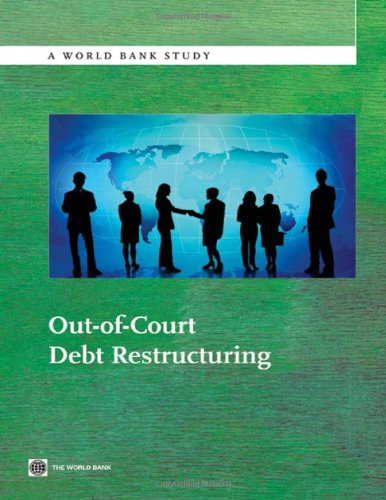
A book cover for Out-of-Court Debt Restructuring (World Bank Studies); The World Bank; Law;